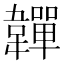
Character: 𩏥